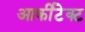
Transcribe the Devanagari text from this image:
आर्कीटेक्ट